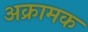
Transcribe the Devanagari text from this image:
अक्रामक